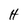
Character: H